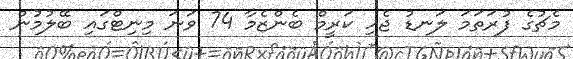
މެޗުގެ ފުރަތަމަ ލަނޑު ޖެހި ކަރީމް ބެންޒެމާ 74 ވަނަ މިނިޓްގައި ބޭލުމުން